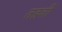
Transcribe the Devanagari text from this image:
तहची